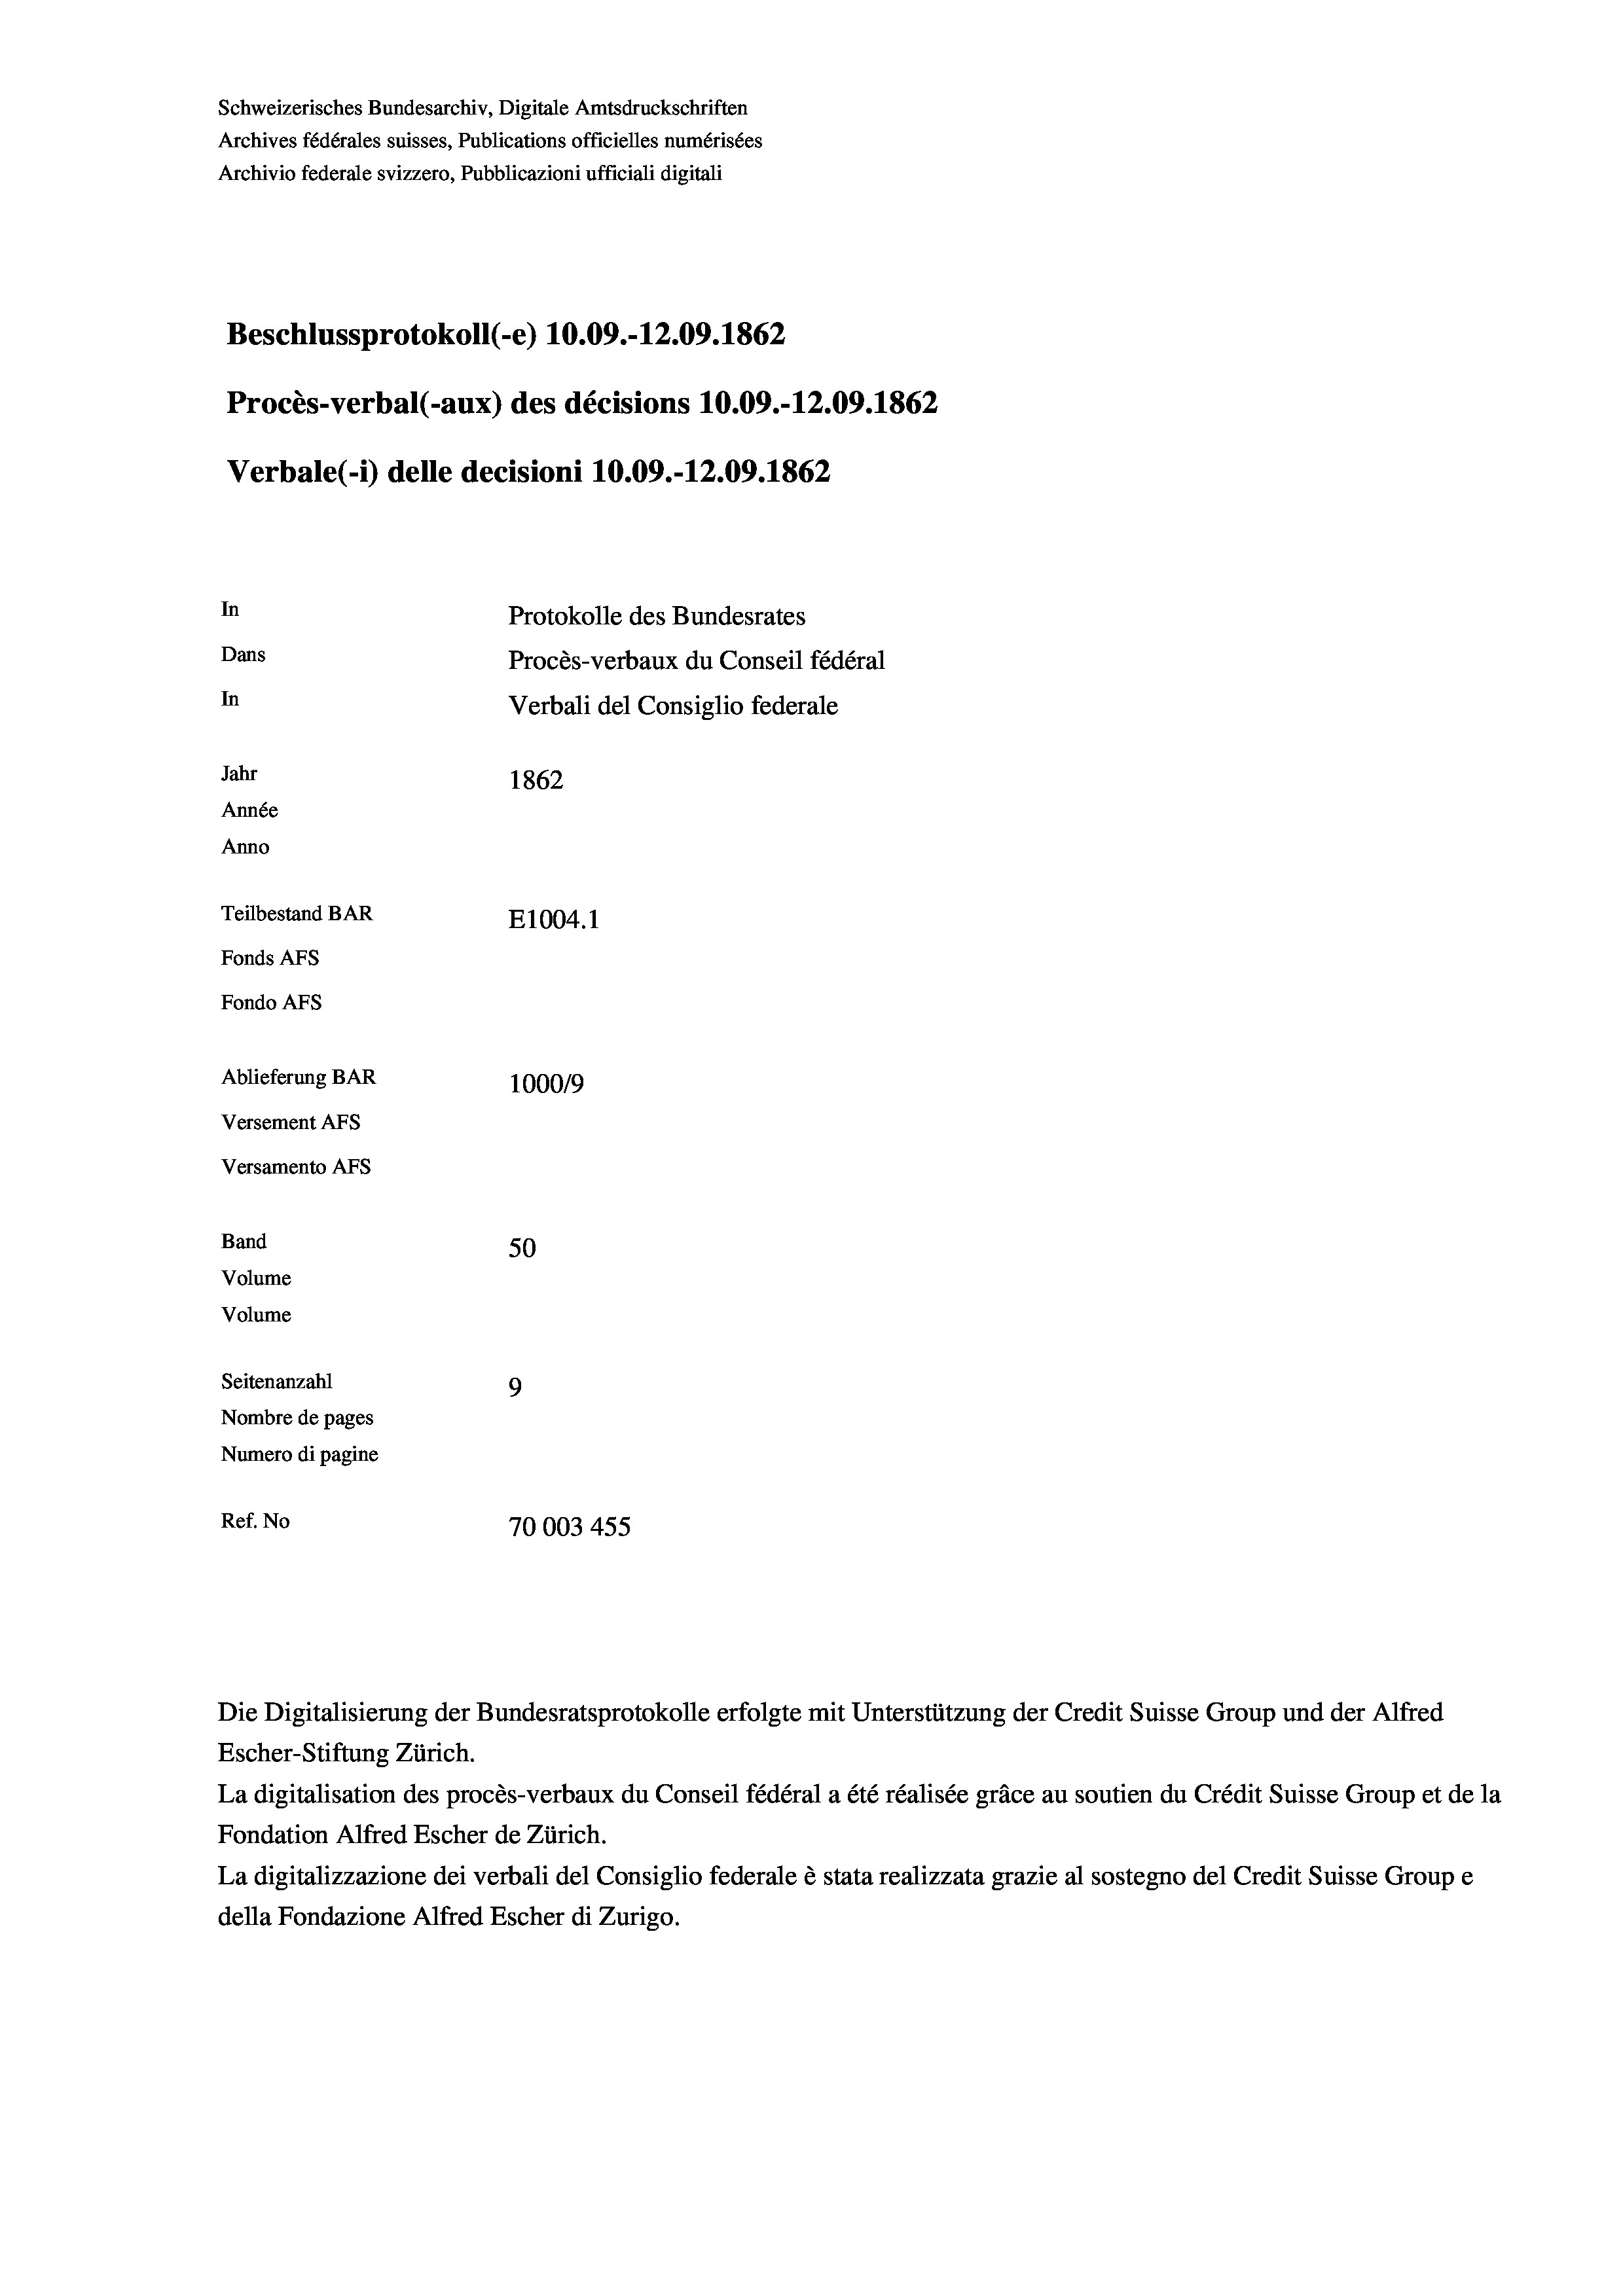
Beschlussprotokoll (-e) 10.09.-12.09. 1862
Procès-verbal (-aux) des décisions 10.09.-12.09. 1862
Verbale(*) delle decisioni 10.09.-12.09. 1862
In
Protokolle des Bundesrates
Dans
Procès-verbaux du Conseil fédéral
In
Verbali del Consiglio federale
Jahr
1862
Année
Anno
Teilbestand BAR
E1004. 1
Fonds AFs
Fondo AFS
Ablieferung BAR
100019
Versement As
Versamento Afs
Band
50
Volume
Volume
Seitenanzahl
9
Nombre de pages
Numero di pagine
Ref. No
70003 455

Escher-Stiftung Zürich.
La digitalisation des procès-verbaux du Conseil fédéral a été réalisée gräce au soutien du Crédit Suisse Group et de la
Fondation Alfred Escher de Zürich.
La digitalizzazione dei verbali del Consiglio federale è stata realizzata grazie al sostegno del Credit Suisse Groupe
della Fondazione Alfred Escher di Zurigo.

Schweizerisches Bundesarchiv, Digitale Amtsdruckschriften
Archives fédérales suisses, Publications officielles numérisées
Archivio federale svizzero, Pubblicazioni ufficiali digitali

Die Digitalisierung der Bundesratsprotokolle erfolgte mit Unterstützung der Credit Suisse Group und der Alfred